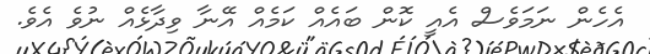
އެހެން ނަމަވެސް އެއީ ކޮން ބައެއް ކަމެއް އޭނާ ވިދާޅެއް ނުވެ އެވެ.